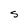
Character: S